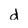
Character: d